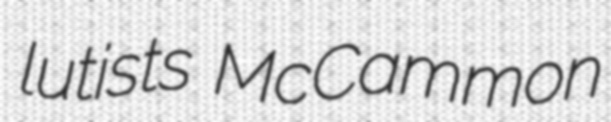
lutists McCammon